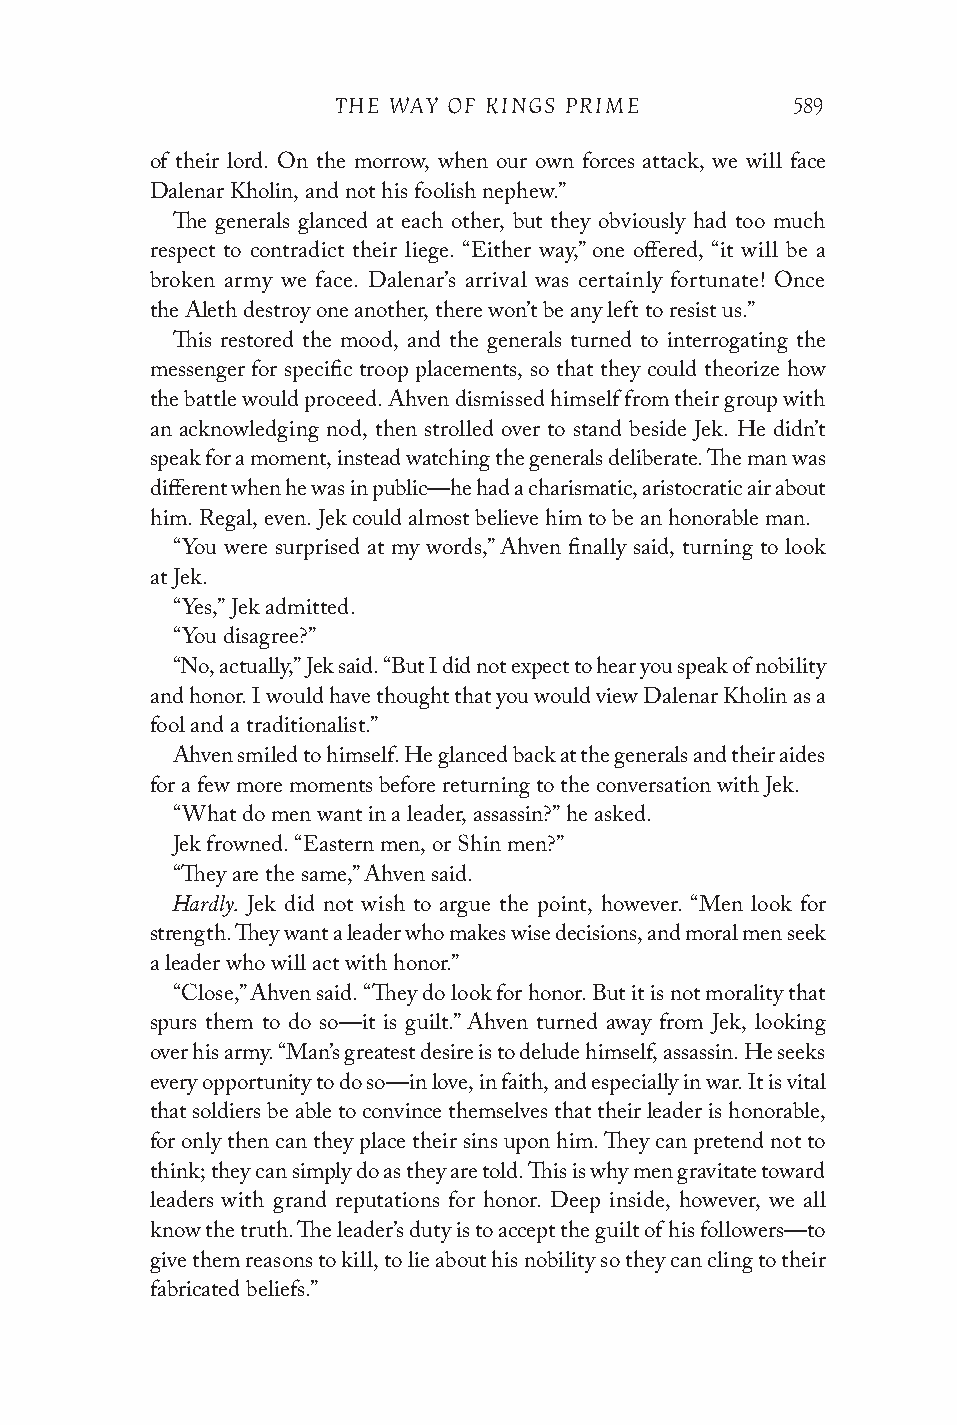
THE WAY OF KINGS PRIME        589
 of their lord. On the morrow, when our own forces attack, we will face
 Dalenar Kholin, and not his foolish nephew.”
 The generals glanced at each other, but they obviously had too much
 respect to contradict their liege. “Either way,” one offered, “it will be a
 broken army we face. Dalenar’s arrival was certainly fortunate! Once
 the Aleth destroy one another, there won’t be any left to resist us.”
 This restored the mood, and the generals turned to interrogating the
 messenger for specific troop placements, so that they could theorize how
 the battle would proceed. Ahven dismissed himself from their group with
 an acknowledging nod, then strolled over to stand beside Jek. He didn’t
 speak for a moment, instead watching the generals deliberate. The man was
 different when he was in public—he had a charismatic, aristocratic air about
 him. Regal, even. Jek could almost believe him to be an honorable man.
 “You were surprised at my words,” Ahven finally said, turning to look
 at Jek.
 “Yes,” Jek admitted.
 “You disagree?”
 “No, actually,” Jek said. “But I did not expect to hear you speak of nobility
 and honor. I would have thought that you would view Dalenar Kholin as a
 fool and a traditionalist.”
 Ahven smiled to himself. He glanced back at the generals and their aides
 for a few more moments before returning to the conversation with Jek.
 “What do men want in a leader, assassin?” he asked.
 Jek frowned. “Eastern men, or Shin men?”
 “They are the same,” Ahven said.
 Hardly.
 Jek did not wish to argue the point, however. “Men look for
 strength. They want a leader who makes wise decisions, and moral men seek
 a leader who will act with honor.”
 “Close,” Ahven said. “They do look for honor. But it is not morality that
 spurs them to do so—it is guilt.” Ahven turned away from Jek, looking
 over his army. “Man’s greatest desire is to delude himself, assassin. He seeks
 every opportunity to do so—in love, in faith, and especially in war. It is vital
 that soldiers be able to convince themselves that their leader is honorable,
 for only then can they place their sins upon him. They can pretend not to
 think; they can simply do as they are told. This is why men gravitate toward
 leaders with grand reputations for honor. Deep inside, however, we all
 know the truth. The leader’s duty is to accept the guilt of his followers—to
 give them reasons to kill, to lie about his nobility so they can cling to their
 fabricated beliefs.”